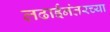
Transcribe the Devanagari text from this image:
लढाईनंतरच्या